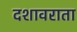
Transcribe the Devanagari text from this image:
दशावराता